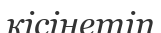
кісінетіп